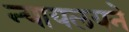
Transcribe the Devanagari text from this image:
न्यायलयने